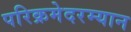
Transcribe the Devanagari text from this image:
परिक्रमेदरम्यान